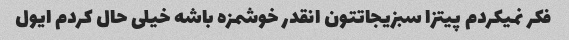
فکر نمیکردم پیتزا سبزیجاتتون انقدر خوشمزه باشه خیلی حال کردم ایول